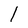
Character: l